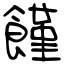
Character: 饉